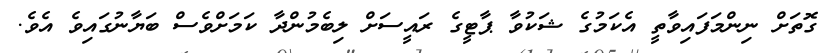
ގޮތަށް ނިންމަފައިވާތީ އެކަމުގެ ޝަކުވާ ޕާޓީގެ ރައީސަށް ލިބެމުންދާ ކަމަށްވެސް ބަޔާނުގައިވެ އެވެ.